Epidemic dropsy in Calcutta - Number 49
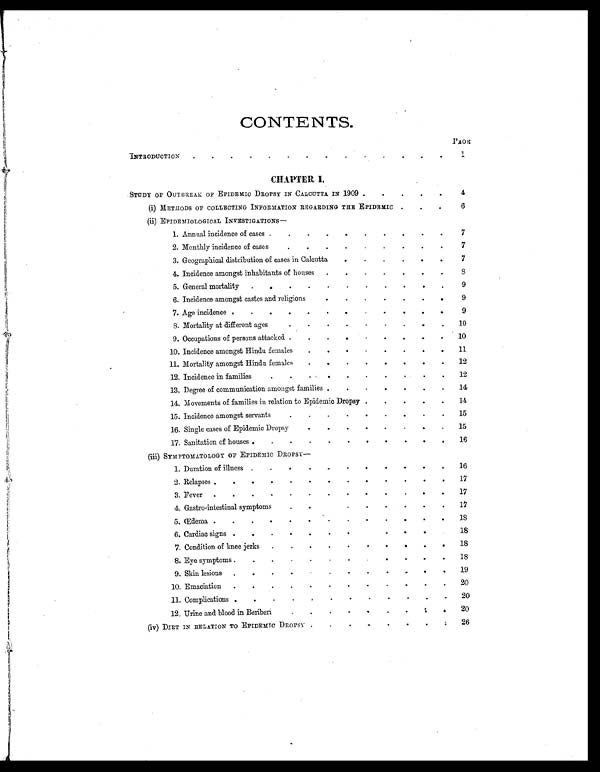
CONTENTS.
PAGE
INTRODUCTION .
. .
.
.
.
. .
.
.
.
.
.
.
1
CHAPTER I.
STUDY OF OUTBREAK OF EPIDEMIC DROPSY IN CALCUTTA IN 1909 .
.
.
.
.
4
(i) METHODS OF COLLECTING INFORMATION REGARDING THE EPIDEMIC .
.
.
6
(ii) EPIDEMIOLOGICAL INVESTIGATIONS —
1. Annual incidence of cases .
.
.
.
.
.
.
.
.
.
7
2. Monthly incidence of cases
.
.
.
.
.
.
.
.
. 7
3. Geographical distribution of cases in Calcutta
.
.
.
.
.
. 7
4. Incidence amongst inhabitants of houses .
.
.
.
.
.
. 8
5. General mortality .
.
.
.
.
.
.
.
.
.
. 9
6. Incidence amongst castes and religions
.
. .
. .
. .
9
7. Age incidence . .
.
.
.
.
.
.
.
.
.
.
9
8 . M o r t a l i t y a t d i f f e r e n t a g e s
.
.
.
. .
.
.
.
. 10
9. Occupations of persons attacked .
.
.
.
.
.
. .
. 10
10. Incidence amongst Hindu females
.
.
.
.
.
.
. . 11
11. Mortality amongst Hindu females
.
.
.
.
.
.
.
. 12
12. Incidence in families
.
.
. .
.
.
.
. .
.
12
13. Degree of communication amongst families .
.
.
.
.
.
.
14
14. Movements of families in relation to Epidemic Dropsy .
.
.
.
. 14
15. Incidence amongst servants
.
.
.
.
.
.
. .
. 15
16. Single cases of Epidemic Dropsy
.
.
.
.
.
.
.
.
15
17. Sanitation of houses .
.
.
.
.
.
.
.
.
.
.
16
(iii) SYMPTOMATOLOGY OF EPIDEMIC DROPSY
—
1. Duration of illness .
.
.
.
.
.
.
.
.
.
. 16
2. Relapses .
.
.
.
.
.
.
.
.
.
.
.
. 17
3. Fever .
.
.
.
.
.
.
.
.
.
.
.
.
17
4. Gastro-intestinal symptoms
.
.
.
.
.
.
.
. 17
5. Œdema .
.
. .
.
.
.
.
.
.
.
.
. 18
6. Cardiac signs .
.
.
. .
.
.
.
.
.
. 18
7. Condition of knee jerks .
.
.
.
.
.
.
.
. .
18
8. Eye symptoms .
.
.
.
.
.
.
. .
.
.
. 18
9. Skin lesions .
.
.
.
. .
.
.
.
.
.
. 19
10. Emaciation .
.
.
.
.
.
.
.
.
.
.
. 20
11. Complications .
.
.
.
. .
.
.
.
.
.
. 20
12. Urine and blood in Beriberi
.
.
.
.
.
.
.
.
. 20
(iv) DIET IN RELATION TO EPIDEMIC DROPSY .
.
.
.
.
.
.
. 26